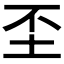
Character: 𡉤